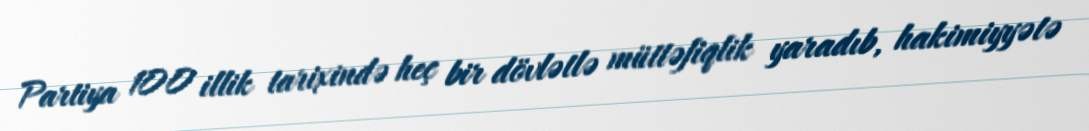
Partiya 100 illik tarixində heç bir dövlətlə müttəfiqlik yaradıb, hakimiyyətə